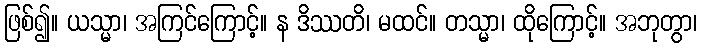
ဖြစ်၍။ ယသ္မာ၊ အကြင်ကြောင့်။ န ဒိဿတိ၊ မထင်။ တသ္မာ၊ ထိုကြောင့်။ အဘုတွာ၊